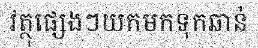
វត្ថុផ្សេងៗយកមកទុកឆាន់